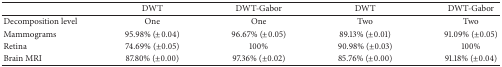
<table><thead><tr><td><b> </b></td><td><b>DWT</b></td><td><b>DWT-Gabor</b></td><td><b>DWT</b></td><td><b>DWT-Gabor</b></td></tr></thead><tbody><tr><td>Decomposition level</td><td>One</td><td>One</td><td>Two</td><td>Two</td></tr><tr><td>Mammograms</td><td>95.98% (±0.04)</td><td>96.67% (±0.05)</td><td>89.13% (±0.01)</td><td>91.09% (±0.05)</td></tr><tr><td>Retina</td><td>74.69% (±0.05)</td><td>100%</td><td>90.98% (±0.03)</td><td>100%</td></tr><tr><td>Brain MRI</td><td>87.80% (±0.00)</td><td>97.36% (±0.02)</td><td>85.76% (±0.00)</td><td>91.18% (±0.04)</td></tr></tbody></table>